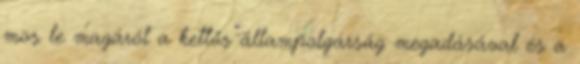
mos le magáról a kettős állampolgárság megadásával és a